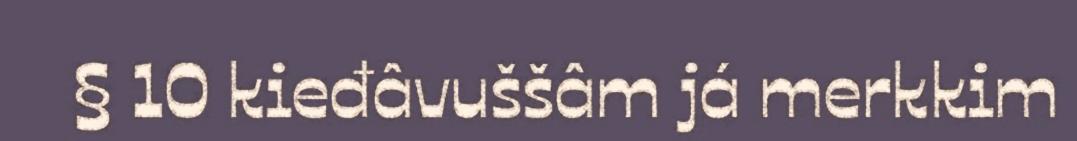
§ 10 kieđâvuššâm já merkkim